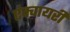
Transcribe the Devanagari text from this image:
एंक्वायरी